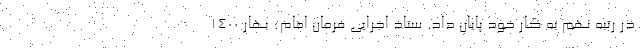
در رتبه نهم به کار خود پایان داد. ستاد اجرایی فرمان امام: بهار ۱۴۰۰